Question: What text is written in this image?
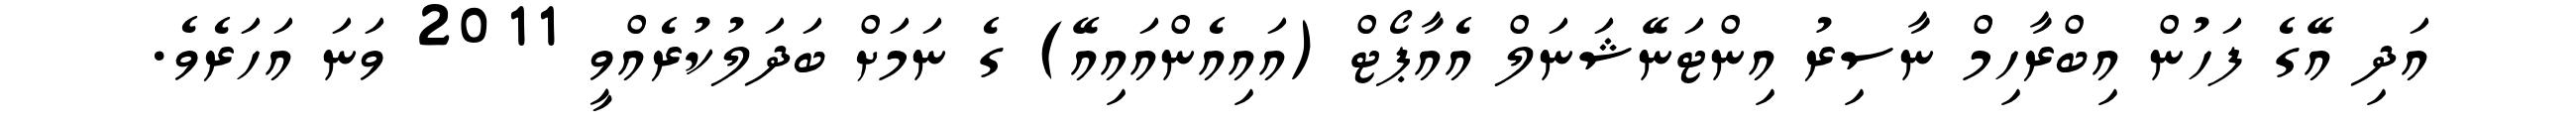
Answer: އަދި އޭގެ ފަހުން އިބްރާހިމް ނާސިރު އިންޓަނޭޝަނަލް އެއާޕޯޓް (އައިއެންއައިއޭ) ގެ ނަމަށް ބަދަލުކުރެއްވީ 2011 ވަނަ އަހަރެވެ.